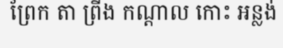
ព្រែក តា ព្រីង កណ្តាល កោះ អន្លង់